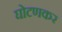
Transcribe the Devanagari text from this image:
घोटणकर